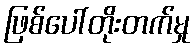
ဖြစ်ပေါ်တိုးတက်မှု